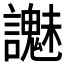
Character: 𧭵